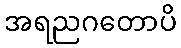
အရညဂတောပိ